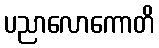
ပညာလောကောတိ